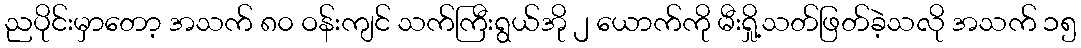
ညပိုင်းမှာတော့ အသက် ၈၀ ဝန်းကျင် သက်ကြီးရွယ်အို ၂ ယောက်ကို မီးရှို့သတ်ဖြတ်ခဲ့သလို အသက် ၁၅